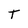
Character: T